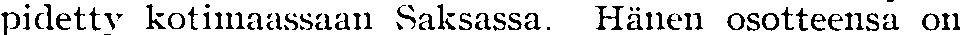
pidetty kotimaassaan Saksassa. Hänen osotteensa on